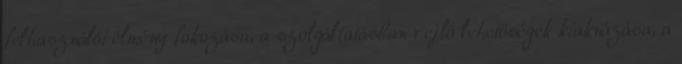
felhasználói élmény fokozása, a szolgáltatásban rejlő lehetőségek kiaknázása, a